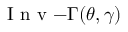
{ \mathrm { ~ I ~ n ~ v ~ } { - } \Gamma } ( \theta , \gamma )